Children and Young Persons (Scotland) Act, 1932. Employment of children, 1932
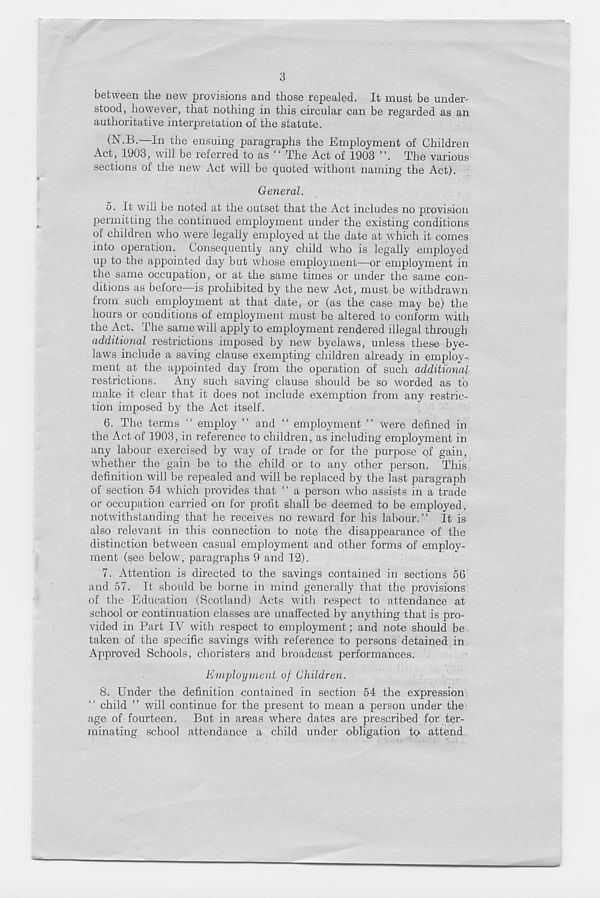
3
between the new provisions and those repealed. It must be under-
stood, however, that nothing in this circular can be regarded as an
authoritative interpretation of the statute.
(N.B.—In the ensuing paragraphs the Employment of Children
Act, 1903, will be referred to as 11 The Act of 1903 ”. The various
sections of the new Act will be quoted without naming the Act).
General.
5. It will be noted at the outset that the Act includes no provision
permitting the continued employment under the existing conditions
of children who were legally employed at the date at which it comes
into operation. Consequently any child who is legally employed
up to the appointed day but whose employment—or employment in
the same occupation, or at the same times or under the same con-
ditions as before—is prohibited by the new Act, must be withdrawn
from such employment at that date, or (as the case may be) the
hours or conditions of employment must be altered to conform with
the Act. The same will apply to employment rendered illegal through
additional restrictions imposed by new byelaws, unless these bye-
laws include a saving clause exempting children already in employ-
ment at the appointed day from the operation of such additional
restrictions. Any such saving clause should be so worded as to
make it clear that it does not include exemption from any restric-
tion imposed by the Act itself .
6. The terms “ employ ” and “ employment ” were defined in
the Act of 1903, in reference to children, as including employment in
any labour exercised by way of trade or for the purpose of gain,
whether the gain be to the child or to any other person. This
definition will be repealed and will be replaced by the last paragraph
of section 54 which provides that “ a person who assists in a trade
or occupation carried on for profit shall be deemed to be employed,
notwithstanding that he receives no reward for his labour.” It is
also relevant in this connection to note the disappearance of the
distinction between casual employment and other forms of employ-
ment (see below, paragraphs 9 and 12).
7. Attention is directed to the savings contained in sections 56
and 57. It should be borne in mind generally that the provisions
of the Education (Scotland) Acts with respect to attendance at
school or continuation classes are unaffected by anything that is pro-
vided in Part IV with respect to employment; and note should be
taken of the specific savings with reference to persons detained in
Approved Schools, choristers and broadcast performances.
Employment of Children.
8. Under the definition contained in section 54 the expression
child ” will continue for the present to mean a person under the
age of fourteen. But in areas where dates are prescribed for ter-
minating school attendance a child under obligation to attend